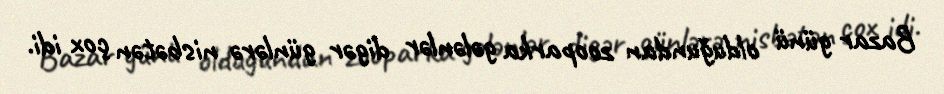
Bazar günü olduğundan zooparka gələnlər digər günlərə nisbətən çox idi.